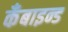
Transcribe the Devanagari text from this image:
कँबाइन्ड